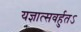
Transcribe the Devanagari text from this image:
यज्ञात्सवर्हुतऽ